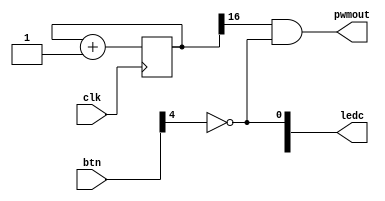
module top(input clk, input [7:0] btn, output [5:0] ledc, output pwmout);

reg [23:0] counter; // 24-bit counter
always @(posedge clk) begin
	counter <= counter + 1;
end

// And, not, or, xor: & ~ | ^ 
assign pwmout = counter[16] & ~btn[4];
assign ledc[0] = ~btn[4];

endmodule

// Where do these pin names come from?